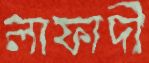
লাফাদী